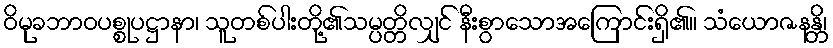
ဝိမုခဘာဝပစ္စုပဋ္ဌာနာ၊ သူတစ်ပါးတို့၏သမ္ပတ္တိလျှင် နီးစွာသောအကြောင်းရှိ၏။ သံယောဇနန္တိ၊